Report on vaccination in Madras 1895-1903 - 1895-1903
Year: 1895
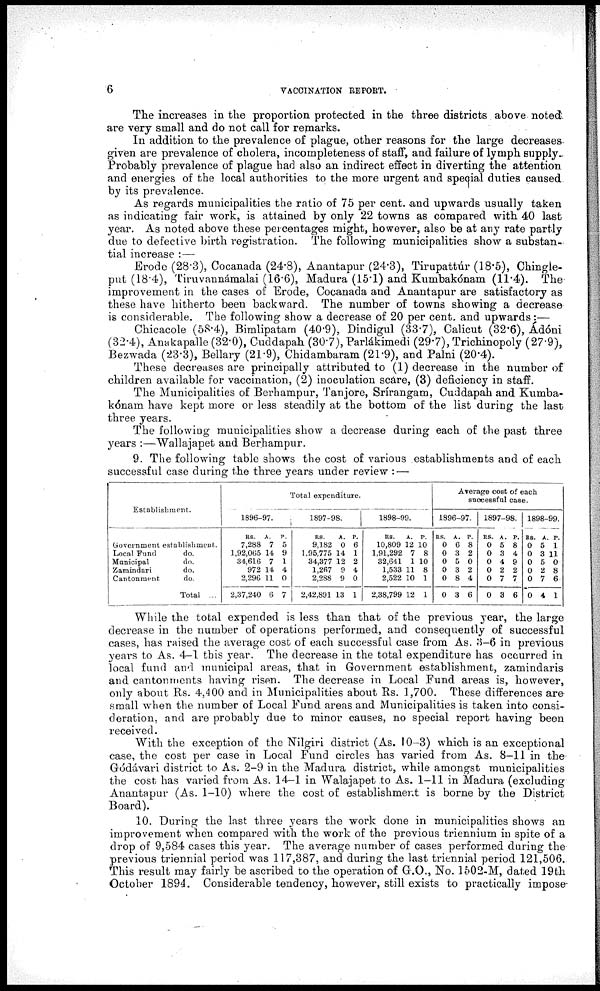
6
VACCINATION REPORT.
The increases in the proportion protected in the three districts above noted
are very small and do not call for remarks.
In addition to the prevalence of plague, other reasons for the large decreases-
given are prevalence of cholera, incompleteness of staff, and failure of lymph supply.
Probably prevalence of plague had also an indirect effect in diverting the attention
and energies of the local authorities to the more urgent and special duties caused
by its prevalence.
As regards municipalities the ratio of 75 per cent. and upwards usually taken
as indicating fair work, is attained by only 22 towns as compared with 40 last
year. As noted above these percentages might, however, also be at any rate partly
due to defective birth registration. The following municipalities show a substan-
tial increase :—
Erode (28.3), Cocanada (24.8), Anantapur (24.3), Tirupattúr (18.5), Chingie-
put (18.4), Tiruvannámalai (16.6), Madura (15.1) and Kumbakónam (11.4). The
improvement in the cases of Erode, Cocanada and Anantapur are satisfactory as
these have hitherto been backward. The number of towns showing a decrease
is considerable. The following show a decrease of 20 per cent. and upwards:—
Chicacole (58.4), Bimlipatam (40.9), Dindigul (33.7), Calicut (32.6), Ádóni
(32.4), Anakapalle (32.0), Cuddapah (30.7), Parlákimedi (29.7), Trichinopoly (27.9),
Bezwada (23.3), Bellary (21.9), Chidambaram (21.9), and Palni (20.4).
These decreases are principally attributed to (1) decrease in the number of
children available for vaccination, (2) inoculation scare, (3) deficiency in staff.
The Municipalities of Berhampur, Tanjore, Srírangam, Cuddapah and Kumba-
k6nam have kept more or less steadily at the bottom of the list during the last
three years.
The following municipalities show a decrease during each of the past three
years :—Wallajapet and Berhampur.
9. The following table shows the cost of various establishments and of each
successful case during the three years under review : —
Establishment.
Government establishment.
Local Fund
do.
Municipal
do.
Zamindari
do.
Cantonment
do.
Total ...
Total expenditure.
1896-97.
RS.
7,288
1,92,065
34,616
972
2,296
2,37,240
A.
7
14
7
14
11
6
P.
5
9
1
4
0
7
1897-98.
RS.
9,182
1,95,775
34,377
1,267
2,288
2,42,891
A.
0
14
12
9
9
13
P.
6
1
2
4
0
1
1898-99.
RS.
10,809
1,91,292
32,641
1,533
2,522
2,38,799
A.
12
7
1
11
10
12
P.
10
8
10
8
1
1
Average cost of each
successful case.
1896-97.
RS.
0
0
0
0
0
0
A.
6
3
5
3
8
3
P.
8
2
0
2
4
6
1897-98.
RS.
0
0
0
0
0
0
A.
5
3
4
2
7
3
P.
8
4
9
2
7
6
1898-99.
RS.
0
0
0
0
0
0
A.
5
3
5
2
7
4
P.
1
11
0
8
6
1
While the total expended is less than that of the previous year, the large
decrease in the number of operations performed, and consequently of successful
cases, has raised the average cost of each successful case from As. 3-6 in previous
years to As. 4-1 this year. The decrease in the total expenditure has occurred in
local fund and municipal areas, that in Government establishment, zamindaris
and cantonments having risen. The decrease in Local Fund areas is, however,
only about Rs. 4,400 and in Municipalities about Rs. 1,700. These differences are-
small when the number of Local Fund areas and Municipalities is taken into consi-
deration, and are probably due to minor causes, no special report having been
received.
With the exception of the Nilgiri district (As. 10-3) which is an exceptional
case, the cost per case in Local Fund circles has varied from As. 8-11 in the
Gódávari district to As. 2-9 in the Madura district, while amongst municipalities
the cost has varied from As. 14-1 in Walajapet to As. 1-11 in Madura (excluding
Anantapur (As. 1-10) where the cost of establishment is borne by the District
Board).
10. During the last three years the work done in municipalities shows an
improvement when compared with the work of the previous triennium in spite of a
drop of 9,584 cases this year. The average number of cases performed during the
previous triennial period was 117,387, and during the last triennial period 121,506.
This result may fairly be ascribed to the operation of G-.O., No. 1502-M, dated 19th
October 1894. Considerable tendency, however, still exists to practically impose-